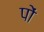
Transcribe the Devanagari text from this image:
पों